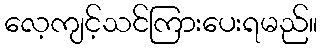
လေ့ကျင့်သင်ကြားပေးရမည်။